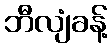
ဘီလျံခန့်